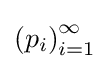
\left(p_{i}\right)_{i=1}^{\infty }